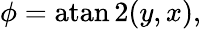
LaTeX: \phi=\operatorname{atan2}(y,x),